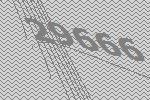
29666